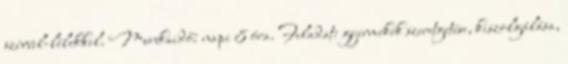
szívvel-lélekkel. Munkaidő: napi 8 óra. Feladat: gyermekek szeretgetése, kiszolgálása,